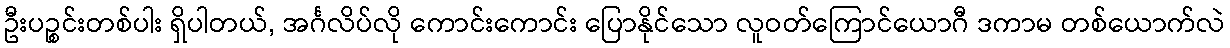
ဦးပဉ္စင်းတစ်ပါး ရှိပါတယ်, အင်္ဂလိပ်လို ကောင်းကောင်း ပြောနိုင်သော လူဝတ်ကြောင်ယောဂီ ဒကာမ တစ်ယောက်လဲ